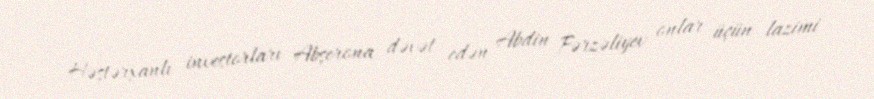
Həştərxanlı investorları Abşerona dəvət edən Abdin Fərzəliyev onlar üçün lazimi